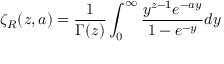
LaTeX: \zeta _ { R } ( z , a ) = { \frac { 1 } { \Gamma ( z ) } } \int _ { 0 } ^ { \infty } { \frac { y ^ { z - 1 } e ^ { - a y } } { 1 - e ^ { - y } } } d y